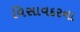
વિસાવદરના